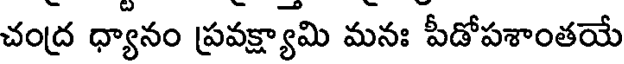
చంద్ర ధ్యానం ప్రవక్ష్యామి మనః పీడోపశాంతయే